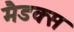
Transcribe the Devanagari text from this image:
मैडक्स